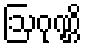
ဩဂုဏ္ဌိ